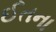
ઈતના